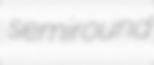
semiround